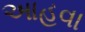
આહવા